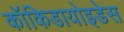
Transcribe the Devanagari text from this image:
कॉकिडायोइडेस